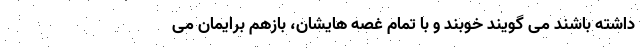
داشته باشند می گویند خوبند و با تمام غصه هایشان، بازهم برایمان می